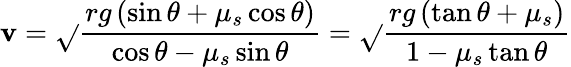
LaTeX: \mathbf{v}={\sqrt{}{{\frac{{rg\left(\sin\theta+\mu_{s}\cos\theta\right)}}{{\cos\theta-\mu_{s}\sin\theta}}}}}={\sqrt{}{{\frac{{rg\left(\tan\theta+\mu_{s}\right)}}{{1-\mu_{s}\tan\theta}}}}}